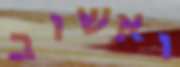
ואשוב